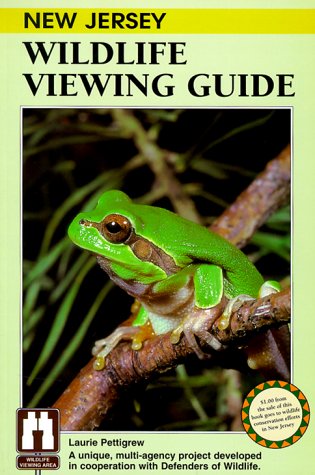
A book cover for New Jersey Wildlife Viewing Guide (Wildlife Viewing Guides Series); Laurie Pettigrew; Travel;